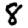
Digit: 8